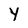
Character: Y